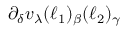
\partial _ { \delta } v _ { \lambda } ( \boldsymbol { \ell } _ { 1 } ) _ { \beta } ( \boldsymbol { \ell } _ { 2 } ) _ { \gamma }